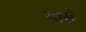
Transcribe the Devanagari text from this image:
सासे